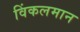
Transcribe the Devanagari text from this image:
विंकलमान